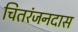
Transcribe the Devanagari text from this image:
चितरंजनदास